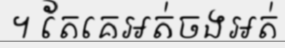
។ តែគេអត់ចងអត់